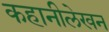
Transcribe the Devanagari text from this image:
कहानीलेखन